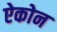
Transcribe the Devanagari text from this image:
ऐकोन